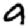
Digit: 9